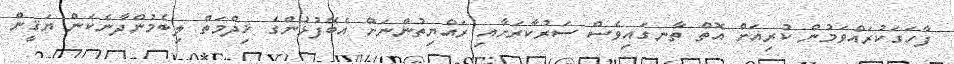
ފާހަގަކުރައްވަމުން ކުރިއަށް އޮތް ތާނގައިވެސް ސަރުކާރަށާއި ރައްޔިތުންނަށް އެބޭފުޅުންގެ ޚިދްމަތް ލިބެމުންދާނެކަން ޔަޤީން